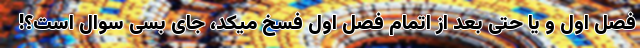
فصل اول و یا حتی بعد از اتمام فصل اول فسخ میکد، جای بسی سوال است؟!